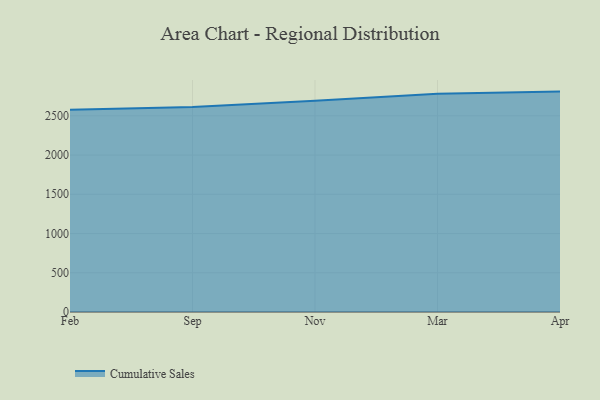
{"axis": {"x": "Month", "y": "Demand Index"}, "legend": ["Cumulative Sales"], "data": [{"x": "Feb", "y": 2576.5, "type": "Cumulative Sales"}, {"x": "Sep", "y": 2611.2, "type": "Cumulative Sales"}, {"x": "Nov", "y": 2692.6, "type": "Cumulative Sales"}, {"x": "Mar", "y": 2780.9, "type": "Cumulative Sales"}, {"x": "Apr", "y": 2808.5, "type": "Cumulative Sales"}]}